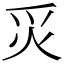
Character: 𬉿